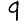
Digit: 9